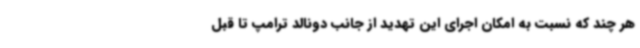
هر چند که نسبت به امکان اجرای این تهدید از جانب دونالد ترامپ تا قبل